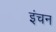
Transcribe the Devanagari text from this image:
इंचन